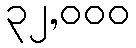
၃၂,၀၀၀